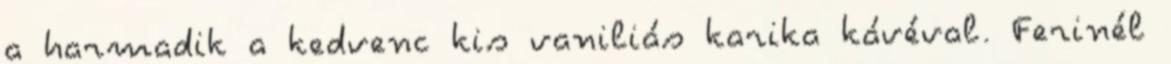
a harmadik a kedvenc kis vaniliás karika kávéval. Ferinél